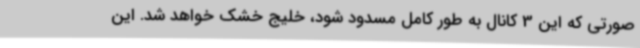
صورتی که این 3 کانال به طور کامل مسدود شود، خلیج خشک خواهد شد. این